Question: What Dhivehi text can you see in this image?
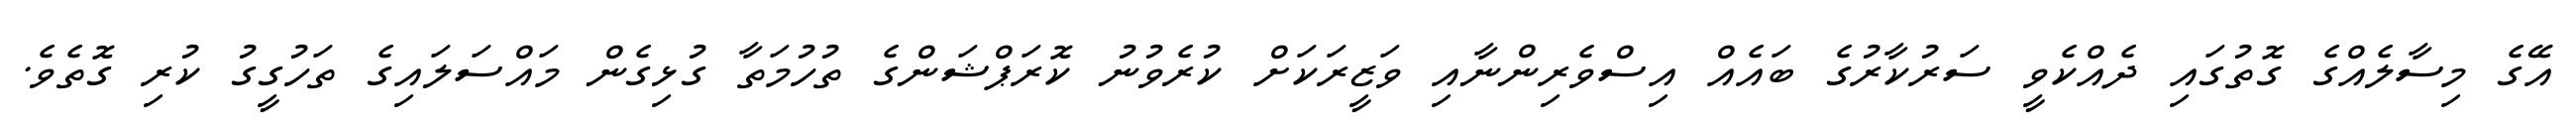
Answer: އޭގެ މިސާލެއްގެ ގޮތުގައި ދެއްކެވީ ސަރުކާރުގެ ބައެއް އިސްވެރިންނާއި ވަޒީރަކަށް ކުރެވުނު ކޮރަޕްޝަންގެ ތުހުމަތާ ގުޅިގެން މައްސަލައިގެ ތަހުގީގު ކުރި ގޮތެވެ.